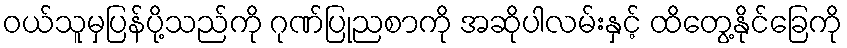
ဝယ်သူမှပြန်ပို့သည်ကို ဂုဏ်ပြုညစာကို အဆိုပါလမ်းနှင့် ထိတွေ့နိုင်ခြေကို